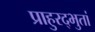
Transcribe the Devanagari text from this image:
प्राहुरद्भुतां